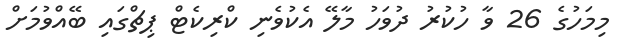
މިމަހުގެ 26 ވާ ހުކުރު ދުވަހު މާލޭ އެކުވެނި ކްރިކެޓް ޕިޗްގައި ބޭއްވުމަށް